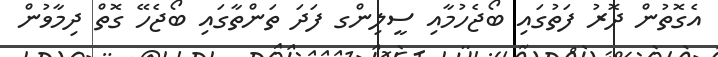
އެގޮތުން ދޮރު ފަތުގައި ބޯޖެހުމާއި ސީލިންގ ފަދަ ތަންތާގައި ބޯޖެހޭ ގޮތް ދިމާވުން